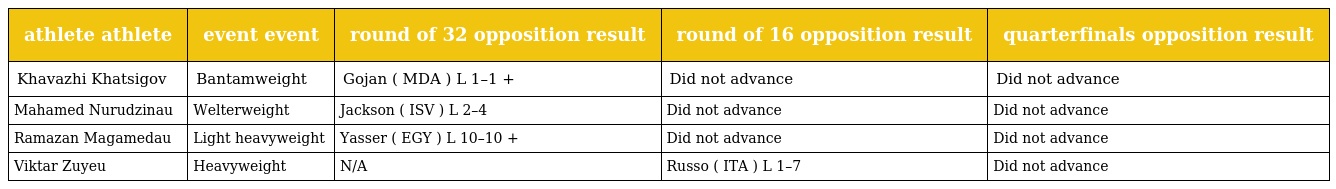
| athlete athlete | event event | round of 32 opposition result | round of 16 opposition result | quarterfinals opposition result |
 | --- | --- | --- | --- | --- |
 | Khavazhi Khatsigov | Bantamweight | Gojan ( MDA ) L 1–1 + | Did not advance | Did not advance |
 | Mahamed Nurudzinau | Welterweight | Jackson ( ISV ) L 2–4 | Did not advance | Did not advance |
 | Ramazan Magamedau | Light heavyweight | Yasser ( EGY ) L 10–10 + | Did not advance | Did not advance |
 | Viktar Zuyeu | Heavyweight | N/A | Russo ( ITA ) L 1–7 | Did not advance |